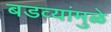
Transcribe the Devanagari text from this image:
बडव्यांमुळे